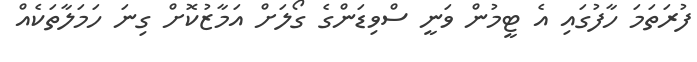
ފުރަތަމަ ހާފުގައި އެ ޓީމުން ވަނީ ސްވިޑަންގެ ގޯލަށް އަމާޒުކޮށް ގިނަ ހަމަލާތަކެއް